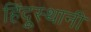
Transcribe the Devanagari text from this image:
हिंदूुस्थानी